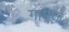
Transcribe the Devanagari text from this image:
गाएज़